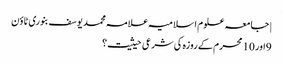
| جامعہ علوم اسلامیہ علامہ محمد یوسف بنوری ٹاؤن
9اور 10 محرم کے روزہ کی شرعی حیثیت؟